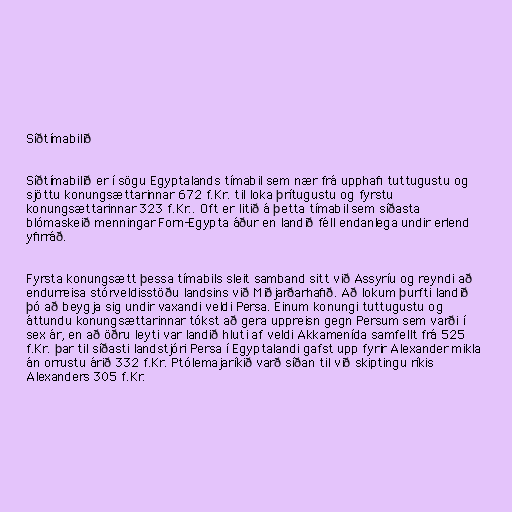
Síðtímabilið

Síðtímabilið er í sögu Egyptalands tímabil sem nær frá upphafi tuttugustu og
sjöttu konungsættarinnar 672 f.Kr. til loka þrítugustu og fyrstu
konungsættarinnar 323 f.Kr.. Oft er litið á þetta tímabil sem síðasta
blómaskeið menningar Forn-Egypta áður en landið féll endanlega undir erlend
yfirráð.

Fyrsta konungsætt þessa tímabils sleit samband sitt við Assyríu og reyndi að
endurreisa stórveldisstöðu landsins við Miðjarðarhafið. Að lokum þurfti landið
þó að beygja sig undir vaxandi veldi Persa. Einum konungi tuttugustu og
áttundu konungsættarinnar tókst að gera uppreisn gegn Persum sem varði í
sex ár, en að öðru leyti var landið hluti af veldi Akkamenída samfellt frá 525
f.Kr. þar til síðasti landstjóri Persa í Egyptalandi gafst upp fyrir Alexander mikla
án orrustu árið 332 f.Kr. Ptólemajaríkið varð síðan til við skiptingu ríkis
Alexanders 305 f.Kr.